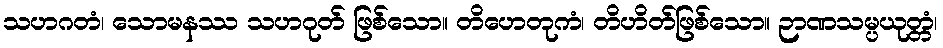
သဟဂတံ၊ သောမနဿ သဟဂုတ် ဖြစ်သော။ တိဟေတုကံ၊ တိဟိတ်ဖြစ်သော။ ဉာဏသမ္ပယုတ္တံ၊